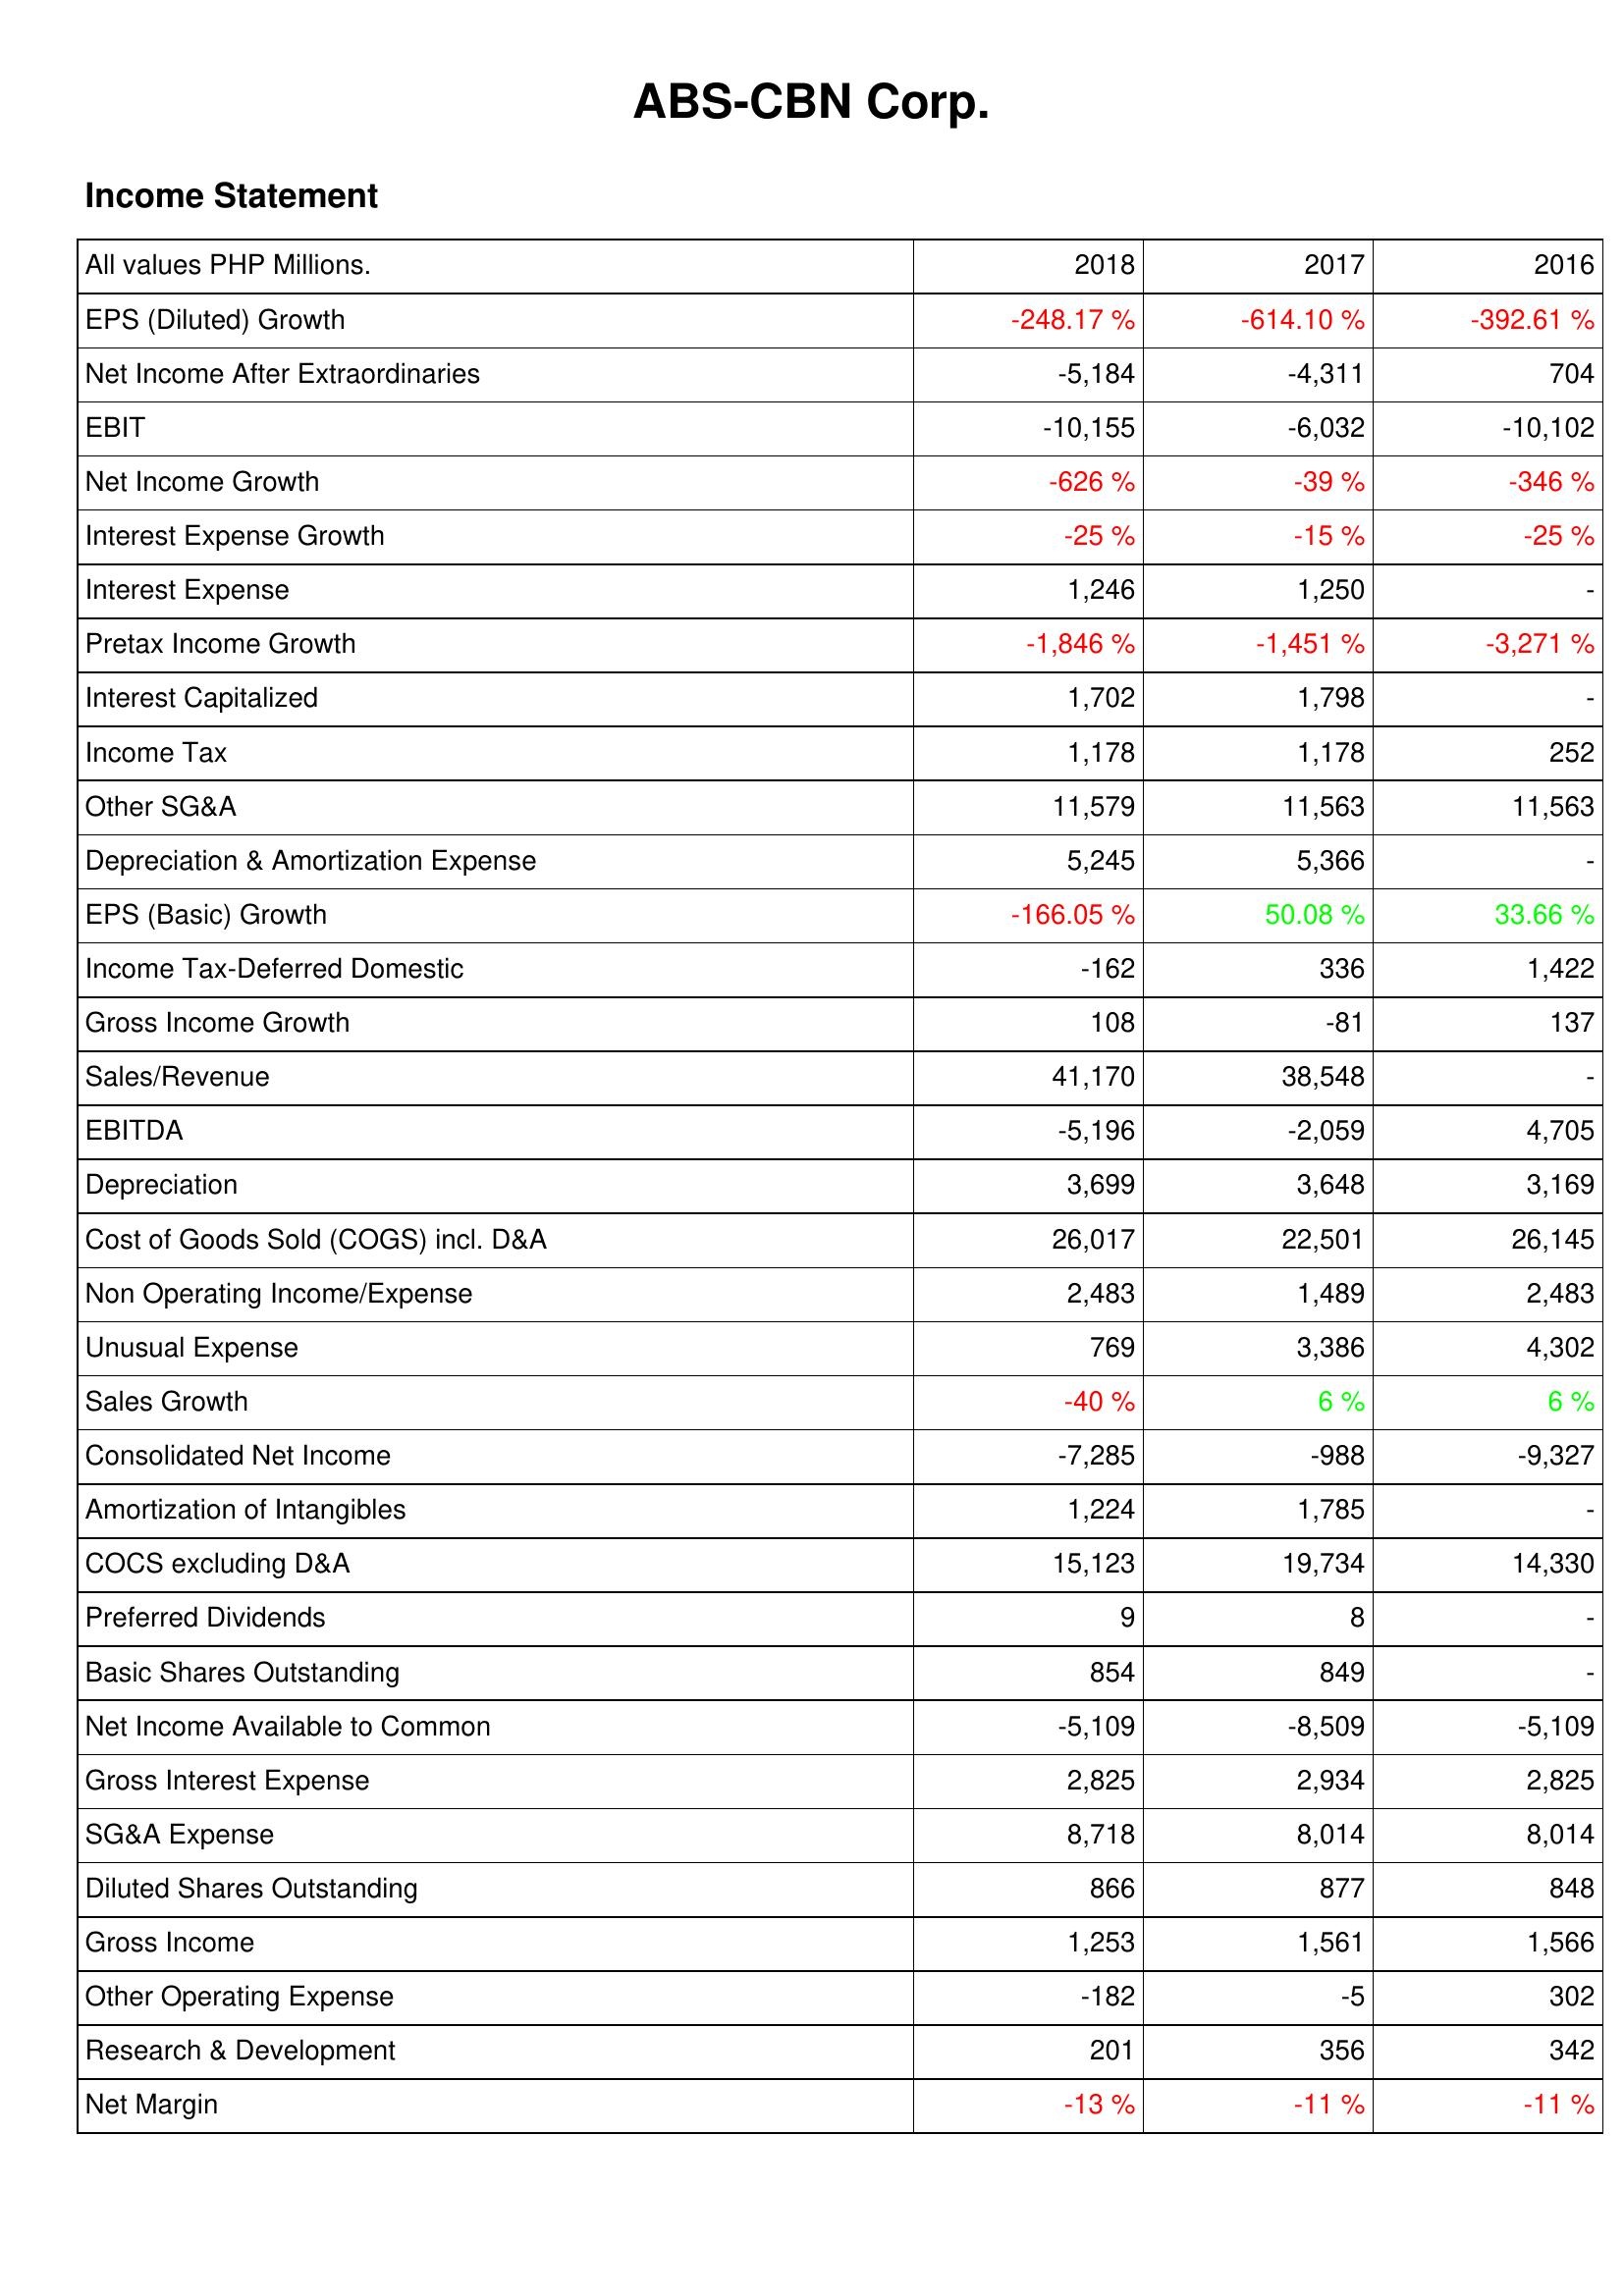
2018: Income Statement: EPS (Diluted) Growth: -248.17 %
Net Income After Extraordinaries: -5,184
EBIT: -10,155
Net Income Growth: -626 %
Interest Expense Growth: -25 %
Interest Expense: 1,246
Pretax Income Growth: -1,846 %
Interest Capitalized: 1,702
Income Tax: 1,178
Other SG&A: 11,579
Depreciation & Amortization Expense: 5,245
EPS (Basic) Growth: -166.05 %
Income Tax-Deferred Domestic: -162
Gross Income Growth: 108
Sales/Revenue: 41,170
EBITDA: -5,196
Depreciation: 3,699
Cost of Goods Sold (COGS) incl. D&A: 26,017
Non Operating Income/Expense: 2,483
Unusual Expense: 769
Sales Growth: -40 %
Consolidated Net Income: -7,285
Amortization of Intangibles: 1,224
COCS excluding D&A: 15,123
Preferred Dividends: 9
Basic Shares Outstanding: 854
Net Income Available to Common: -5,109
Gross Interest Expense: 2,825
SG&A Expense: 8,718
Diluted Shares Outstanding: 866
Gross Income: 1,253
Other Operating Expense: -182
Research & Development: 201
Net Margin: -13 %
2017: Income Statement: EPS (Diluted) Growth: -614.10 %
Net Income After Extraordinaries: -4,311
EBIT: -6,032
Net Income Growth: -39 %
Interest Expense Growth: -15 %
Interest Expense: 1,250
Pretax Income Growth: -1,451 %
Interest Capitalized: 1,798
Income Tax: 1,178
Other SG&A: 11,563
Depreciation & Amortization Expense: 5,366
EPS (Basic) Growth: 50.08 %
Income Tax-Deferred Domestic: 336
Gross Income Growth: -81
Sales/Revenue: 38,548
EBITDA: -2,059
Depreciation: 3,648
Cost of Goods Sold (COGS) incl. D&A: 22,501
Non Operating Income/Expense: 1,489
Unusual Expense: 3,386
Sales Growth: 6 %
Consolidated Net Income: -988
Amortization of Intangibles: 1,785
COCS excluding D&A: 19,734
Preferred Dividends: 8
Basic Shares Outstanding: 849
Net Income Available to Common: -8,509
Gross Interest Expense: 2,934
SG&A Expense: 8,014
Diluted Shares Outstanding: 877
Gross Income: 1,561
Other Operating Expense: -5
Research & Development: 356
Net Margin: -11 %
2016: Income Statement: EPS (Diluted) Growth: -392.61 %
Net Income After Extraordinaries: 704
EBIT: -10,102
Net Income Growth: -346 %
Interest Expense Growth: -25 %
Interest Expense: -
Pretax Income Growth: -3,271 %
Interest Capitalized: -
Income Tax: 252
Other SG&A: 11,563
Depreciation & Amortization Expense: -
EPS (Basic) Growth: 33.66 %
Income Tax-Deferred Domestic: 1,422
Gross Income Growth: 137
Sales/Revenue: -
EBITDA: 4,705
Depreciation: 3,169
Cost of Goods Sold (COGS) incl. D&A: 26,145
Non Operating Income/Expense: 2,483
Unusual Expense: 4,302
Sales Growth: 6 %
Consolidated Net Income: -9,327
Amortization of Intangibles: -
COCS excluding D&A: 14,330
Preferred Dividends: -
Basic Shares Outstanding: -
Net Income Available to Common: -5,109
Gross Interest Expense: 2,825
SG&A Expense: 8,014
Diluted Shares Outstanding: 848
Gross Income: 1,566
Other Operating Expense: 302
Research & Development: 342
Net Margin: -11 %